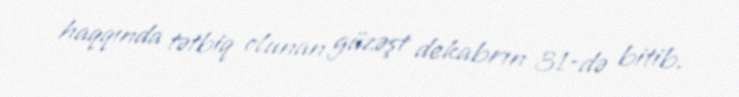
haqqında tətbiq olunan güzəşt dekabrın 31-də bitib.